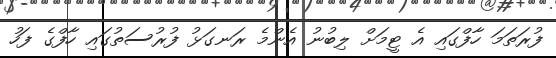
ފުރަތަމަ ހާފްގައި އެ ޓީމަށް ލިބުނު އެންމެ ރަނގަޅު ފުރުސަތުގައި ހާފްގެ ފަހު